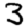
Digit: 3